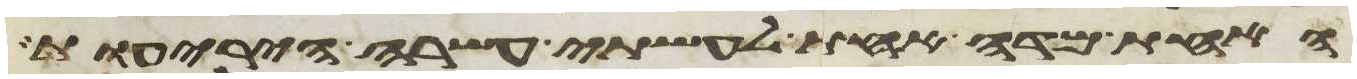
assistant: האחת מדה אחת לעשתה עשרה היריעות